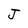
Character: J